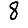
Digit: 8